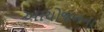
આયોજનના